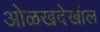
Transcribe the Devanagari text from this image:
ओळखदेखील